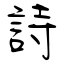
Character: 詩